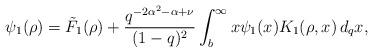
LaTeX: \begin{align*}\psi_1(\rho)=\tilde{F}_1(\rho)+\frac{q^{-2\alpha^2-\alpha+\nu}}{(1-q)^{2}}\int_{b}^{\infty} x \psi_1(x) K_1(\rho,x)\,d_qx,\end{align*}